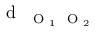
\mathrm { ~ d ~ } _ { \mathrm { ~ \scriptsize ~ O ~ } _ { 1 } \mathrm { ~ \scriptsize ~ O ~ } _ { 2 } }